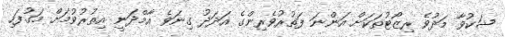
ޝަކުވާ މަދުވެ ރިޒޯޓުތަކަށް އަންނަ ފަތުރުވެރިންގެ އަދަދު ގިނަވެ އާމްދަނީ އިތުރުވުމަށް މަގުފަހި